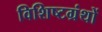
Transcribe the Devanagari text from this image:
विशिष्टग्रंथों